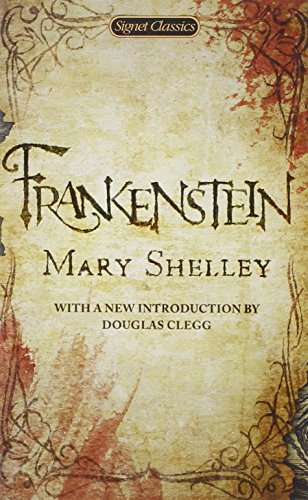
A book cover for Frankenstein (Signet Classics); Mary Shelley; Science Fiction & Fantasy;